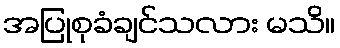
အပြုစုခံချင်သလား မသိ။